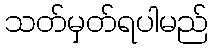
သတ်မှတ်ရပါမည်